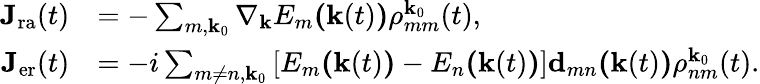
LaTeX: \begin{array}{rl}{\textbf{J}_{\mathrm{ra}}(t)}&{=-\sum_{m,\textbf{k}_{0}}\nabla_{\textbf{k}}E_{m}\textbf{(}\textbf{k}(t)\textbf{)}\rho_{mm}^{\textbf{k}_{0}}(t),}\\ {\textbf{J}_{\mathrm{er}}(t)}&{=-i\sum_{m\neq n,\textbf{k}_{0}}\left[E_{m}\textbf{(}\textbf{k}(t)\textbf{)}-E_{n}\textbf{(}\textbf{k}(t)\textbf{)}\right]\textbf{d}_{mn}\textbf{(}\textbf{k}(t)\textbf{)}\rho_{nm}^{\textbf{k}_{0}}(t).}\end{array}